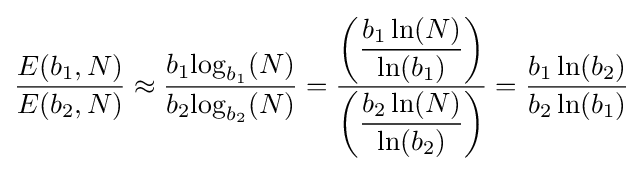
{{E(b_{1},N)} \over {E(b_{2},N)}}\approx {{b_{1}{\log _{b_{1}}(N)}} \over {b_{2}{\log _{b_{2}}(N)}}}={\left({\dfrac {b_{1}\ln(N)}{\ln(b_{1})}}\right) \over \left({\dfrac {b_{2}\ln(N)}{\ln(b_{2})}}\right)}={{b_{1}\ln(b_{2})} \over {b_{2}\ln(b_{1})}}